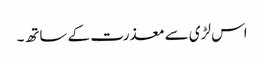
اس لڑی سے معذرت کے ساتھ۔